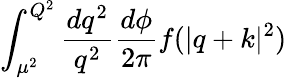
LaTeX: \int_{\mu^{2}}^{Q^{2}}\frac{dq^{2}}{q^{2}}\frac{d\phi}{2\pi}f(|q+k|^{2})